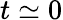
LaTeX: t\simeq 0